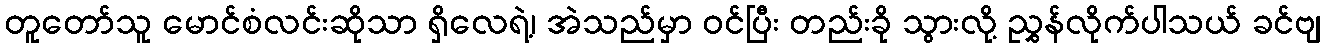
တူတော်သူ မောင်စံလင်းဆိုသာ ရှိလေရဲ့၊ အဲသည်မှာ ဝင်ပြီး တည်းခို သွားလို့ ညွှန်လိုက်ပါသယ် ခင်ဗျ